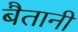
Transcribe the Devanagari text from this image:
बैतानी